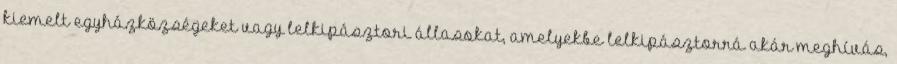
kiemelt egyházközségeket vagy lelkipásztori állasokat, amelyekbe lelkipásztorrá akár meghívás,